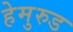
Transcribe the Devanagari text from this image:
हेमुरुड